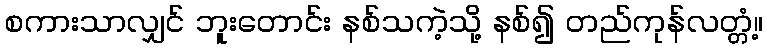
စကားသာလျှင် ဘူးတောင်း နစ်သကဲ့သို့ နစ်၍ တည်ကုန်လတ္တံ့။